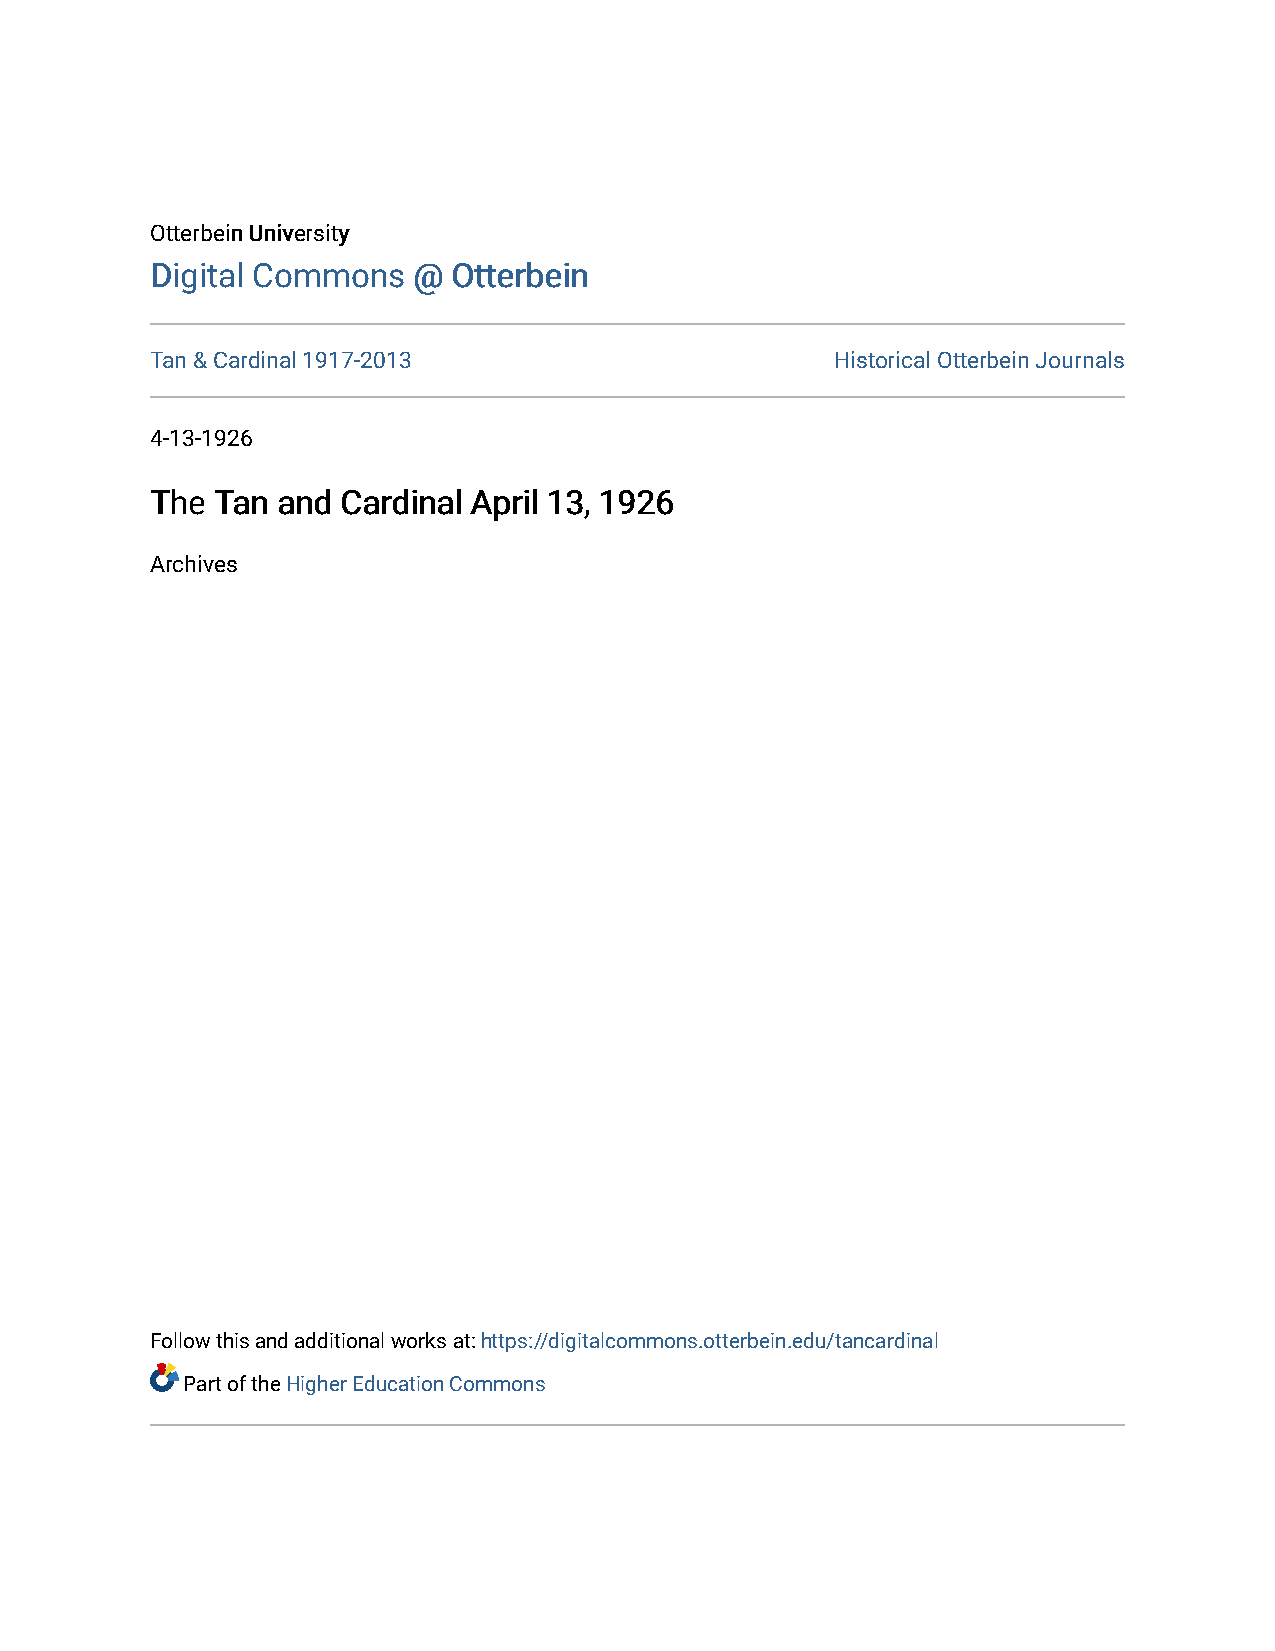
OOtttteerrbbeeiinn UUnniivveerrssiittyy
 DDiiggiittaall CCoommmmoonnss @@ OOtttteerrbbeeiinn
 Tan & Cardinal 1917-2013                     Historical Otterbein Journals
 4-13-1926
 TThhee TTaann aanndd CCaarrddiinnaall AApprriill 1133,, 11992266
 Archives
 Follow this and additional works at: https://digitalcommons.otterbein.edu/tancardinal
 Part of the Higher Education Commons